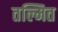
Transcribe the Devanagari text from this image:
तल्मित